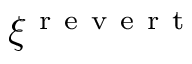
\xi ^ { \mathrm { ~ r ~ e ~ v ~ e ~ r ~ t ~ } }